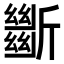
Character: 𣃔